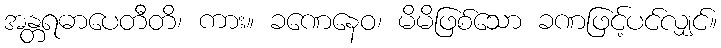
အန္တရဓာပေတီတိ၊ ကား။ ခဏေနေဝ၊ မိမိဖြစ်သော ခဏဖြင့်ပင်လျှင်။